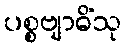
ပစ္စဗျာဓိံသု